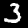
Digit: 3